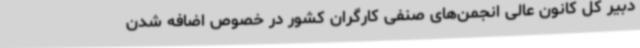
دبیر کل کانون عالی انجمن‌های صنفی کارگران کشور در خصوص اضافه‌ شدن